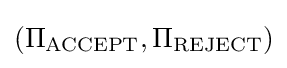
(\Pi _{\text{ACCEPT}},\Pi _{\text{REJECT}})